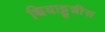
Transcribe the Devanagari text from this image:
थियाट्टून्नीस